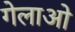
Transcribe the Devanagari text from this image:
गेलाओ